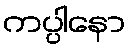
ကပ္ပါနော